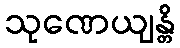
သုဏေယျန္တိ